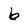
Character: b